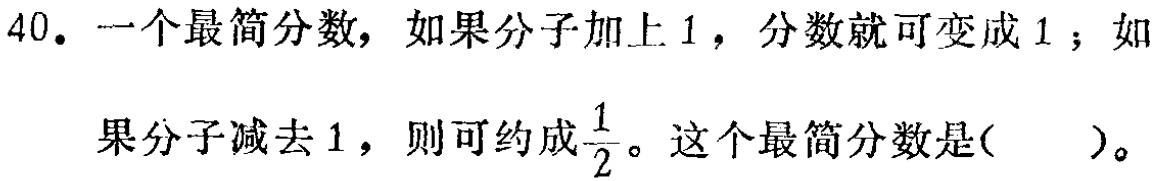
40. 一个最简分数，如果分子加上 1，分数就可变成 1；如

果分子减去 1，则可约成$\frac{1}{2}$。这个最简分数是( )。